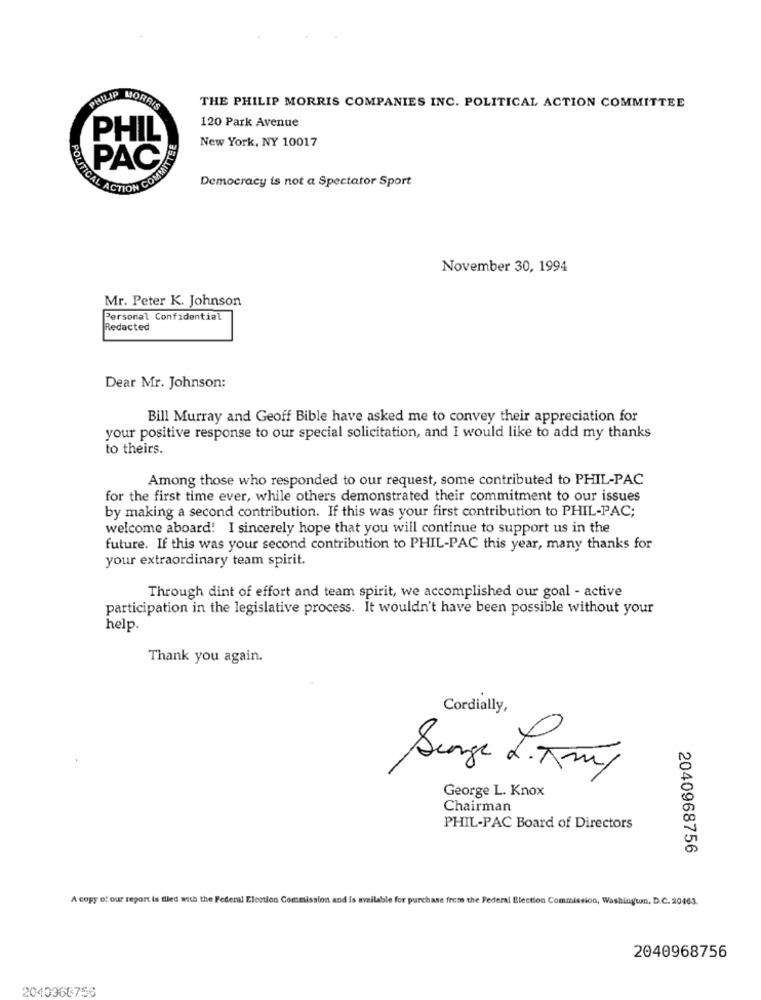
PHILIP MORRIS
THE PHILIP MORRIS COMPANIES INC. POLITICAL ACTION COMMITTEE
120 Park Avenue
PHIL
New York, NY 10017
POL
PAC
ACTION COMNA
Democracy is not a Spectator Sport
November 30, 1994
Mr. Peter K. Johnson
Personal Confidential
Redacted
Dear Mr. Johnson:
Bill Murray and Geoff Bible have asked me to convey their appreciation for
your positive response to our special solicitation, and I would like to add my thanks
to theirs.
Among those who responded to our request, some contributed to PHIL-PAC
for the first time ever, while others demonstrated their commitment to our issues
by making a second contribution. If this was your first contribution to PHIL-PAC;
welcome aboard! I sincerely hope that you will continue to support us in the
future. If this was your second contribution to PHIL-PAC this year, many thanks for
your extraordinary team spirit.
Through dint of effort and team spirit, we accomplished our goal - active
participation in the legislative process. It wouldn't have been possible without your
help.
Thank you again.
Cordially,
Senge L.Amy
George L. Knox
Chairman
PHIL-PAC Board of Directors
2040968756
A copy of our report is filed with the Federal Election Commission and is available for purchase from the Federal Election Commission, Washington, D.C. 20463.
2040968756
2040968756